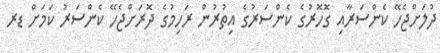
ދުލަށްޖެހޭ ކެންސަރާއި ގޮހޮރުގެ ކެންސަރުގެ އިތުރުން ރަހިމުގެ ދޮރަށްޖެހޭ ކެންސަރު ކަމަށް ޑރ